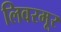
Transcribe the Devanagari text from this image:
लिवरमूर